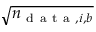
\sqrt { n _ { \mathrm { ~ d ~ a ~ t ~ a ~ } , i , b } }